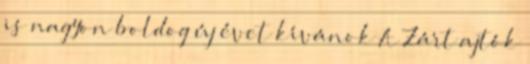
is nagyon boldog új évet kívánok A Zárt ajtók